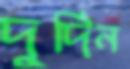
দুর্দিন